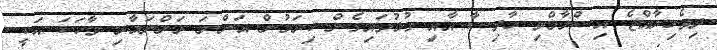
ދިވެހިރާއްޖެ އިސްލާމްވި ހާދިސާ އާއި ގުޅުވައިގެން ކިޔަމުން އަންނަ ރަންނަމާރި ވާހަކަ އަކީ